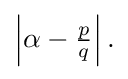
{\textstyle \left|\alpha -{\frac {p}{q}}\right|.}